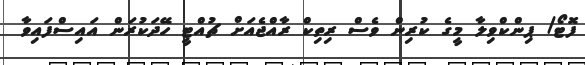
ފޮޓޯ/ ޕިންކްވިލާ މީގެ ކުރިން ވެސް ރިތިކް ރާއްޖެއަށް ޗުއްޓީ ހޭދަކުރަން އައިސްފައިވާ